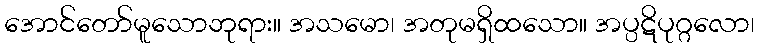
အောင်တော်မူသောဘုရား။ အသမော၊ အတုမရှိထသော။ အပ္ပဋိပုဂ္ဂလော၊